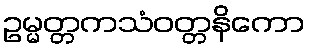
ဥမ္မတ္တကသံဝတ္တနိကော